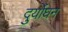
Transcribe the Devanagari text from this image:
दुर्योघन